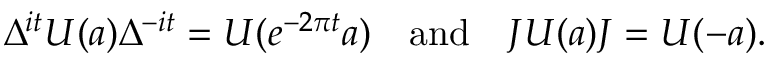
\Delta ^ { i t } U ( a ) \Delta ^ { - i t } = U ( e ^ { - 2 \pi t } a ) \quad \mathrm { a n d } \quad J U ( a ) J = U ( - a ) .